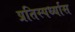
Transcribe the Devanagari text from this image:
प्रतिस्पर्ध्यास